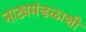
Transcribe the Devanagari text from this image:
नाट्यमंडळाशी